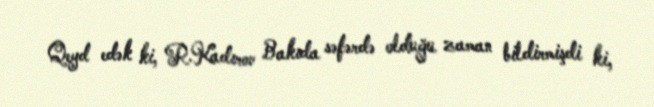
Qeyd edək ki, R.Kadırov Bakıda səfərdə olduğu zaman bildirmişdi ki,